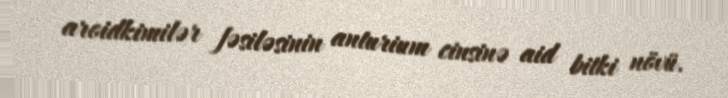
aroidkimilər fəsiləsinin anturium cinsinə aid bitki növü.